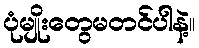
ပုံမျိုးတွေမတင်ပါနဲ့။